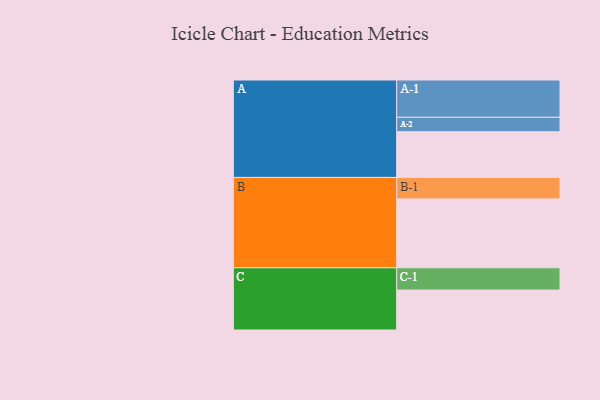
{"axis": {"x": "Segment", "y": "Value"}, "legend": ["", "A", "B", "C"], "data": [{"x": "A", "y": 348, "type": ""}, {"x": "B", "y": 524, "type": ""}, {"x": "C", "y": 304, "type": ""}, {"x": "A-1", "y": 284, "type": "A"}, {"x": "A-2", "y": 110, "type": "A"}, {"x": "B-1", "y": 164, "type": "B"}, {"x": "C-1", "y": 170, "type": "C"}]}